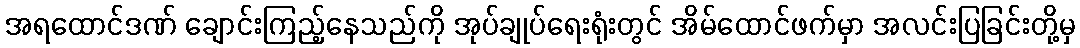
အရထောင်ဒဏ် ချောင်းကြည့်နေသည်ကို အုပ်ချုပ်ရေးရုံးတွင် အိမ်ထောင်ဖက်မှာ အလင်းပြခြင်းတို့မှ